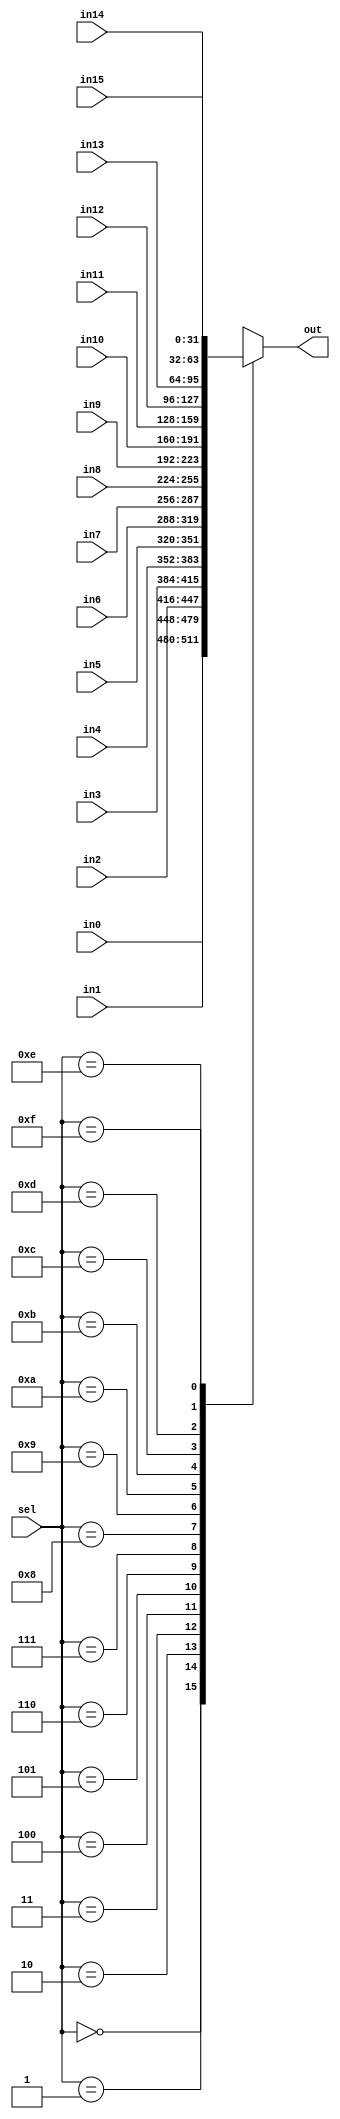
module mux_16to1_32bit(out, in0, in1, in2, in3,in4,in5,in6,in7,in8, in9, in10, in11,in12,in13,in14,in15, sel);

    output  [31:0] out;
    
    input   [31:0] in0, in1, in2, in3,in4,in5,in6,in7,in8, in9, in10, in11,in12,in13,in14,in15;
    input   [3:0]  sel;
	reg [31:0]out;
    /* Fill in the implementation here ... */ 
	 always@(in0, in1, in2, in3,in4,in5,in6,in7,in8, in9, in10, in11,in12,in13,in14,in15,sel)
	 begin
		case (sel) 
			0:
				out <= in0;
			1:
				out <= in1;
			2:
				out <= in2;
			3:
				out <= in3;
			4:
				out <= in4;
			5:
				out <= in5;
			6:
				out <= in6;
			7:
				out <= in7;
			8:
				out <= in8;
			9:
				out <= in9;
			10:
				out <= in10;
			11:
				out <= in11;
			12:
				out <= in12;
			13:
				out <= in13;
			14:
				out <= in14;
			15:
				out <= in15;
		endcase
	 end
	 

endmodule